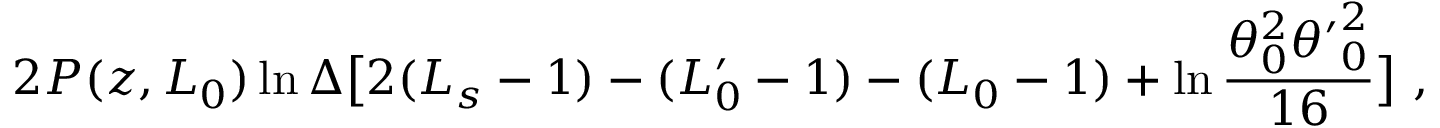
2 P ( z , L _ { 0 } ) \ln \Delta \bigl [ 2 ( L _ { s } - 1 ) - ( L _ { 0 } ^ { \prime } - 1 ) - ( L _ { 0 } - 1 ) + \ln \frac { \theta _ { 0 } ^ { 2 } { \theta ^ { \prime } } _ { 0 } ^ { 2 } } { 1 6 } \bigr ] \ ,